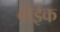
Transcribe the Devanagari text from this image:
बोईंक